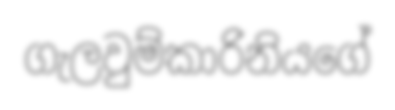
ගැලවුම්කාරිනියගේ